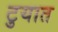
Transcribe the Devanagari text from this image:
टुयात